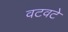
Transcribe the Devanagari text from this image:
वटवटे